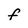
Character: F